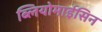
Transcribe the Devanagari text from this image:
ब्लियोमाईसिन